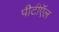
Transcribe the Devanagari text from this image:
पीटीऍल